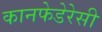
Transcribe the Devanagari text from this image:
कानफेडेरेसी